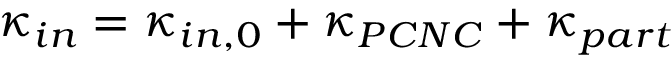
\kappa _ { i n } = \kappa _ { i n , 0 } + \kappa _ { P C N C } + \kappa _ { p a r t }